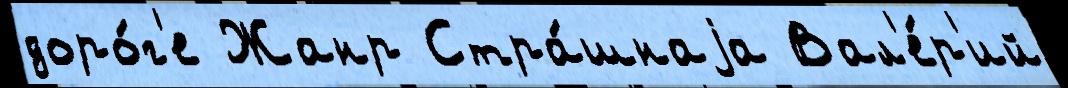
доро́г'е Жанр Стра́шнаjа Вал'е́р'ий